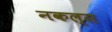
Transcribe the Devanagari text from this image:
नकल्स